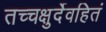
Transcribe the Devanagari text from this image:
तच्चक्षुर्देवहितं